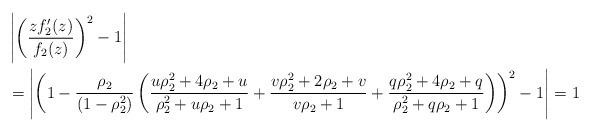
LaTeX: \begin{align*} &\left|\left(\frac{zf_2'(z)}{f_2(z)}\right)^2-1\right|\\ & =\left|\left(1-\frac{\rho_2}{(1-\rho_2^2)}\left( \frac{u\rho_2^2+4\rho_2+u}{\rho_2^2+u\rho_2+1}+\frac{v\rho_2^2+2\rho_2+v}{v\rho_2+1}+\frac{q \rho_2^2+4\rho_2+q}{\rho_2^2+q \rho_2+1}\right)\right)^2-1\right|=1 \end{align*}